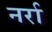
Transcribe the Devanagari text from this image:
नर्रा